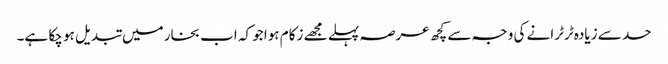
حد سے زیادہ ٹرٹرانے کی وجہ سے کچھ عرصہ پہلے مجھے زکام ہوا جو کہ اب بخار میں تبدیل ہو چکا ہے۔